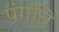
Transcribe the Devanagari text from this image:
पंगति